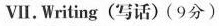
VII.Writing (写话)(9分)